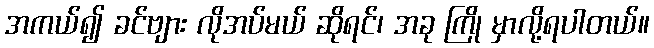
အကယ်၍ ခင်ဗျား လိုအပ်မယ် ဆိုရင်၊ အခု ကြို မှာလို့ရပါတယ်။